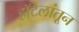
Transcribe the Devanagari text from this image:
हॉटेलांतून